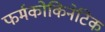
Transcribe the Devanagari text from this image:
फर्मकोकिनेटिक